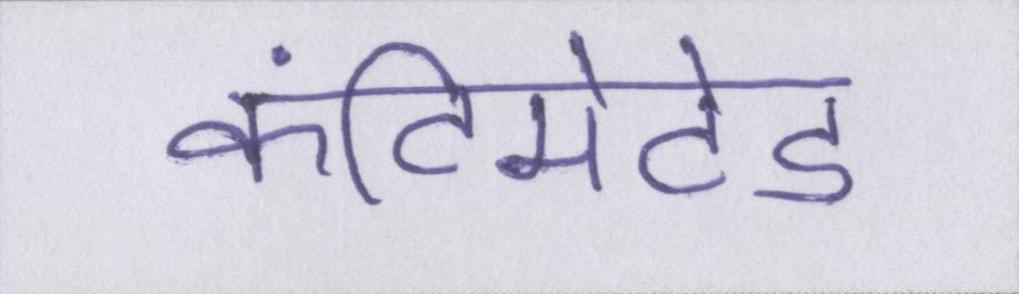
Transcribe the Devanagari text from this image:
कंटिमेटेड